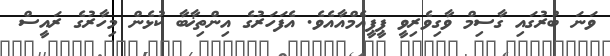
ވަނަ ބުރުގައި ގާސިމް ވާގިވެރިވީ ޕީޕީއެމްއާއެވެ. އެފަހަރުގެ އިންތިޚާބާ ކުޅެން މިހާރުގެ ރައީސް